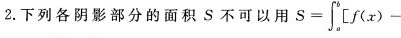
2.下列各阴影部分的面积 S 不可以用 $$S = \int _ { a } ^ { b } [ f ( x ) -